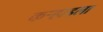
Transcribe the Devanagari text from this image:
कर्‍हाडला